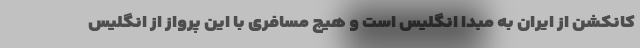
کانکشن از ایران به مبدا انگلیس است و هیچ مسافری با این پرواز از انگلیس